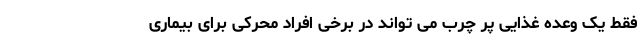
فقط یک وعده غذایی پر چرب می تواند در برخی افراد محرکی برای بیماری